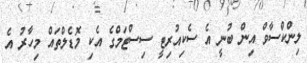
ލިންކްސާވް އިން ބުނީ އެ ސެކިއުރިޓީ ސިސްޓަމްގެ އެކި މޮޑެލްތައް މިހާރު އެ